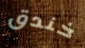
خندق